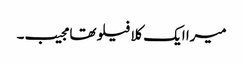
میرا ایک کلا فیلو تھا مجیب۔